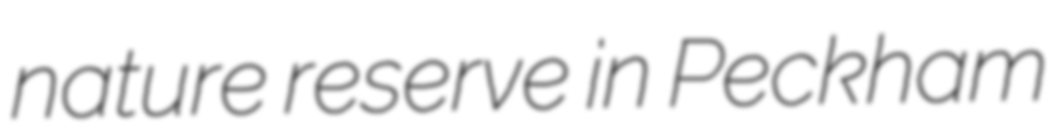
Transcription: nature reserve in Peckham